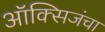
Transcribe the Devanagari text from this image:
ऑक्सिजंचा